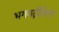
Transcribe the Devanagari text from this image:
भगवद्गीतेला